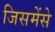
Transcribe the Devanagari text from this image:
जिसमेंसे